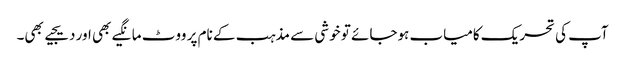
آپ کی تحریک کامیاب ہوجائے تو خوشی سے مذہب کے نام پر ووٹ مانگیے بھی اور دیجیے بھی۔